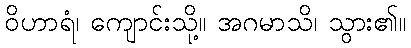
ဝိဟာရံ၊ ကျောင်းသို့။ အဂမာသိ၊ သွား၏။